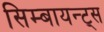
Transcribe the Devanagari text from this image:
सिम्बायन्ट्स